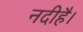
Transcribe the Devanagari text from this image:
नदीहै।